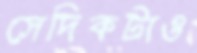
সেদিকটাও